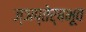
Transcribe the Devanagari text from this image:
ज्ञप्तेर्बभूव